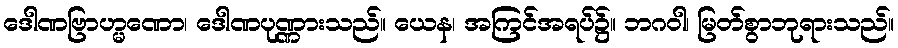
ဒေါဏဗြာဟ္မဏော၊ ဒေါဏပုဏ္ဏားသည်။ ယေန၊ အကြင်အရပ်၌။ ဘဂဝါ၊ မြတ်စွာဘုရားသည်။